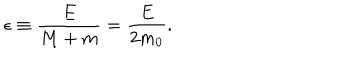
\epsilon \equiv { \frac { E } { M + m } } = { \frac { E } { 2 m _ { 0 } } } .